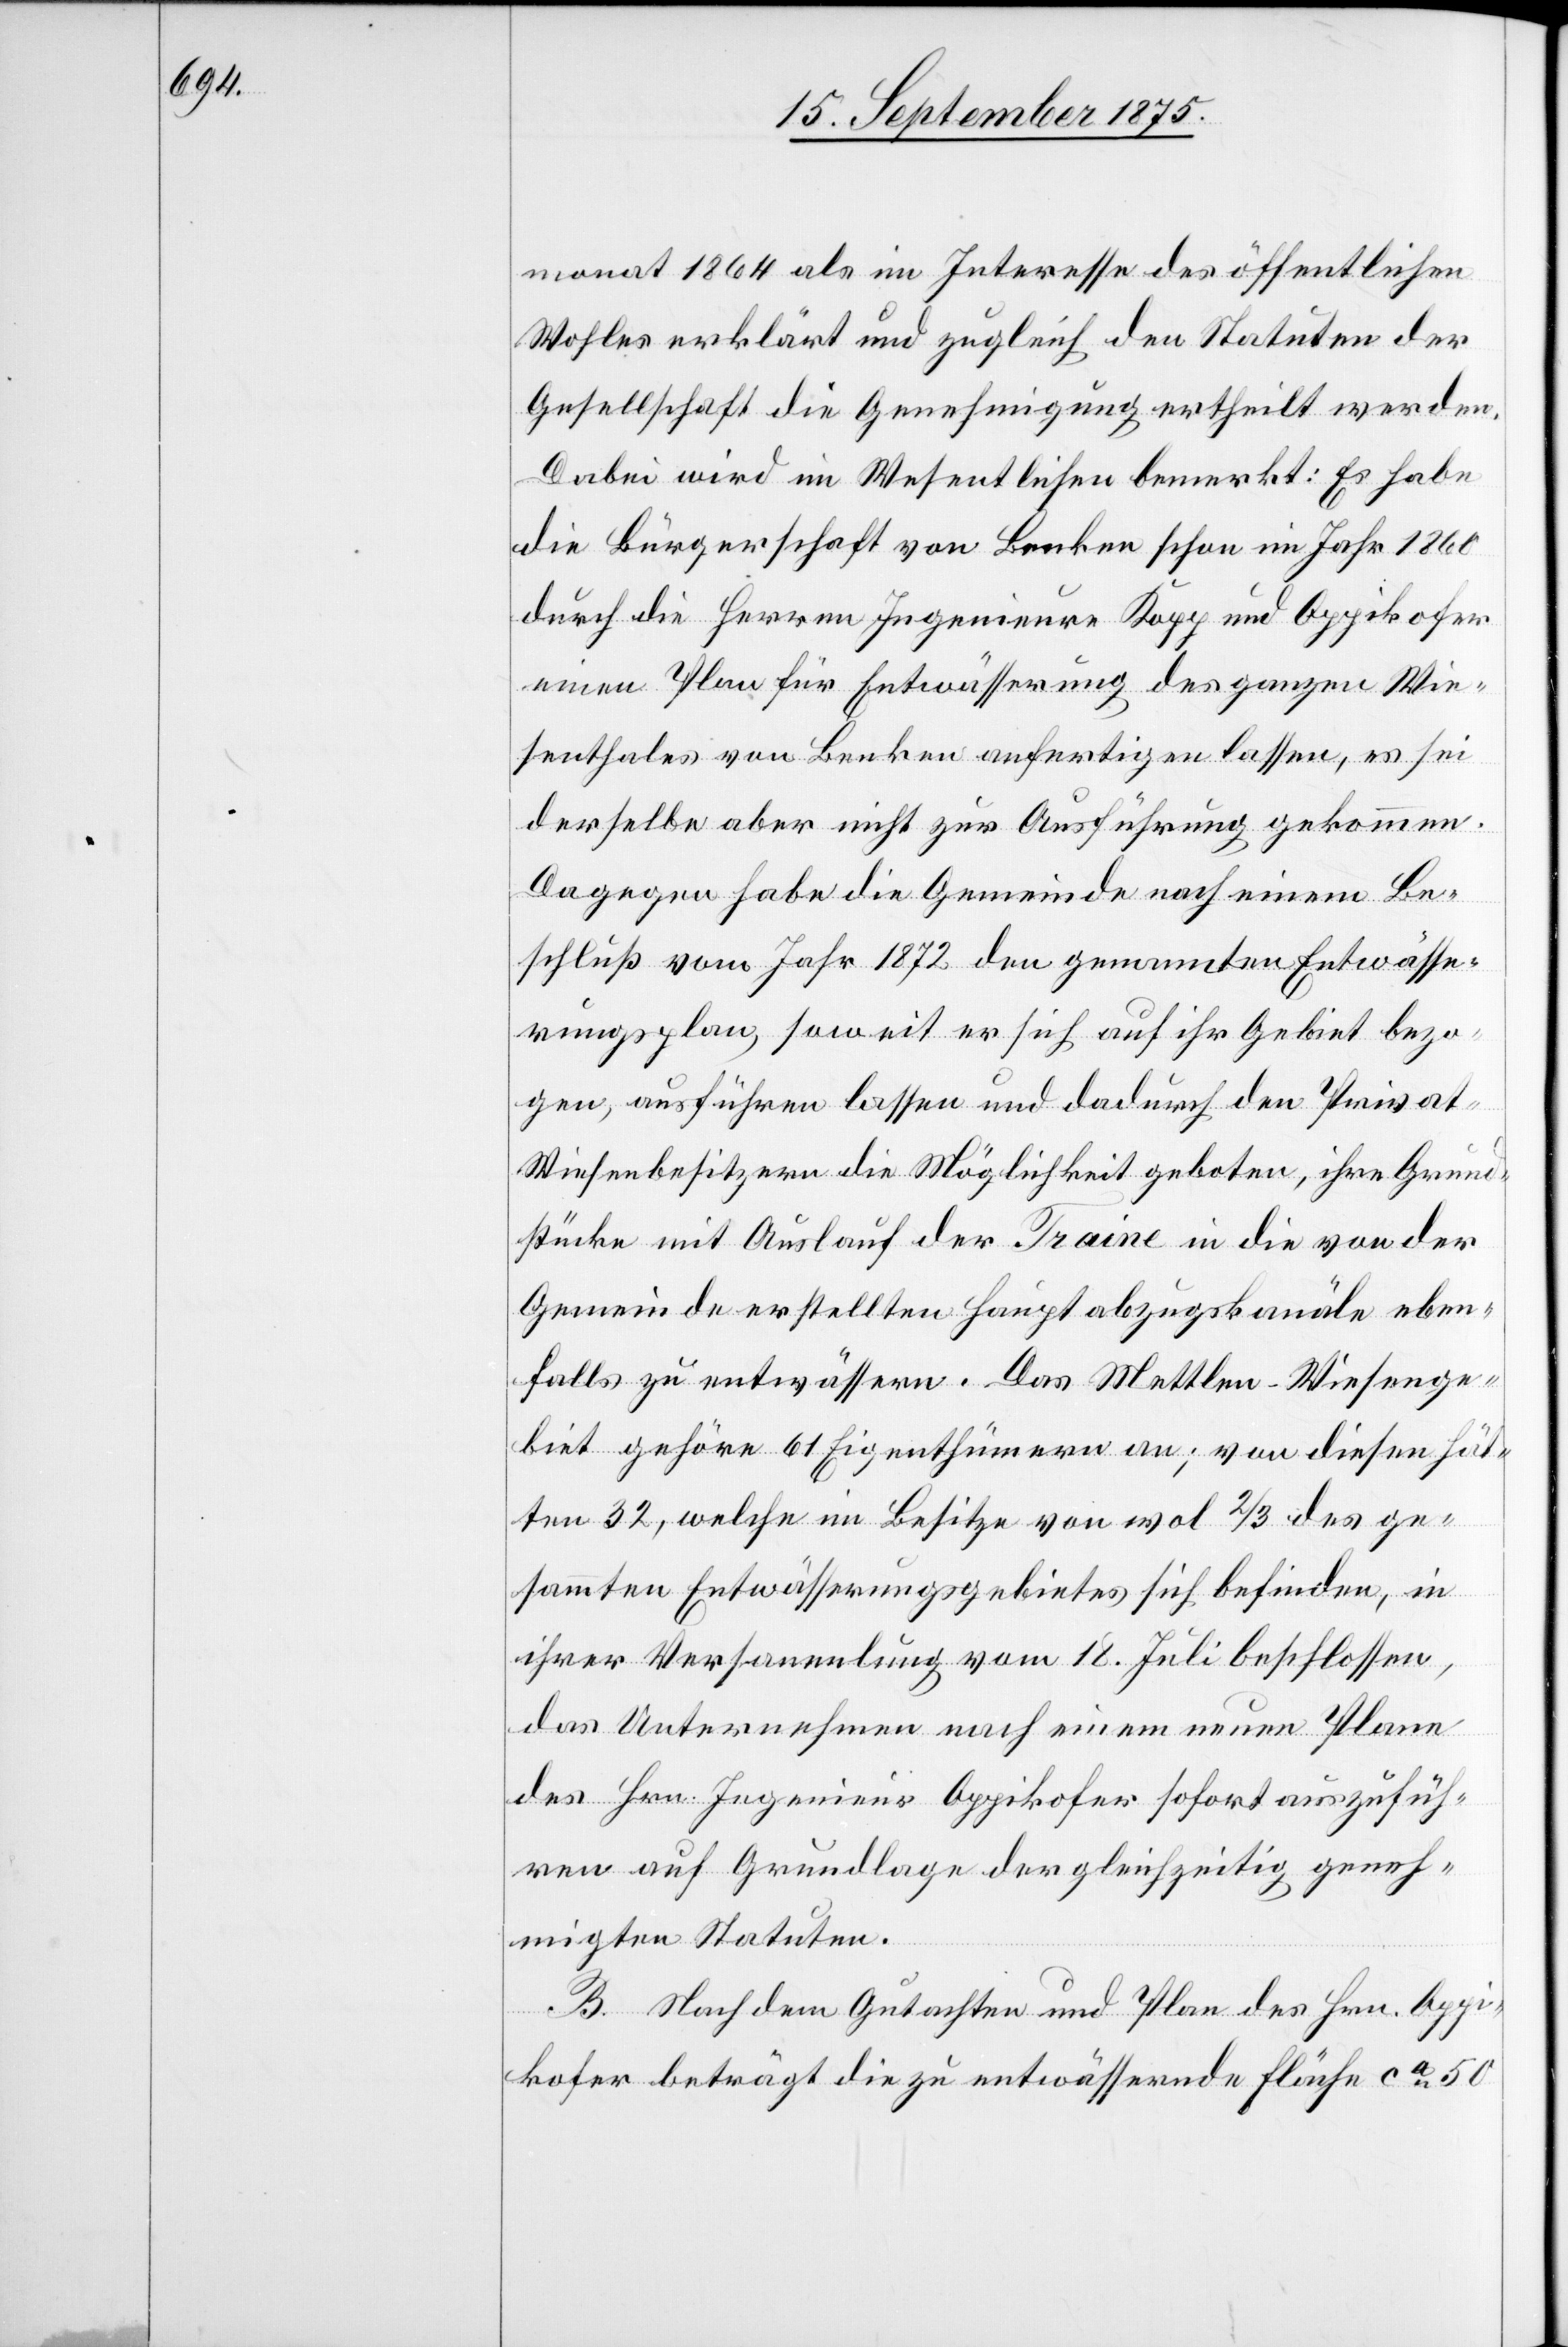
monat 1864 als im Interesse des öffentlichen
Wohles erklärt und zugleich den Statuten der
Gesellschaft die Genehmigung ertheilt werden.
Dabei wird im Wesentlichen bemerkt: Es habe
die Bürgerschaft von Benken schon im Jahr 1860
durch die Herren Ingenieure Kopp und Oppikofer
einen Plan für Entwässerung des ganzen Wie¬
senthales von Benken anfertigen lassen, es sei
derselbe aber nicht zur Ausführung gekommen.
Dagegen habe die Gemeinde nach einem Be¬
schluß vom Jahr 1872 den genannten Entwässe¬
rungsplan, soweit er sich auf ihr Gebiet bezo¬
gen, ausführen lassen und dadurch den Privat¬
wiesenbesitzern die Möglichkeit geboten, ihre Grund¬
stücke mit Auslauf der Traine in die von der
Gemeinde erstellten Hauptabzugskanäle eben¬
falls zu entwässern. Das Mettlen-Wiesenge¬
biet gehöre 61 Eigenthümern an; von diesen hät¬
ten 32, welche im Besitze von wol 2/3 des ge¬
sammten Entwässerungsgebietes sich befinden, in
ihrer Versammlung vom 18. Juli beschlossen,
das Unternehmen nach einem neuen Plane
des Hrn. Ingenieur Oppikofer sofort auszufüh¬
ren auf Grundlage der gleichzeitig geneh¬
migten Statuten.
B. Nach dem Gutachten und Plan des Hrn. Oppi¬
kofer beträgt die zu entwässernde Fläche ca 50